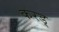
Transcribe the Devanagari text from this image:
करड्